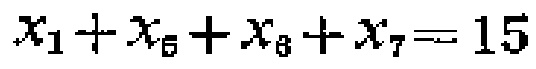
\(x_{1}+x_{6}+x_{8}+x_{7}=15\)